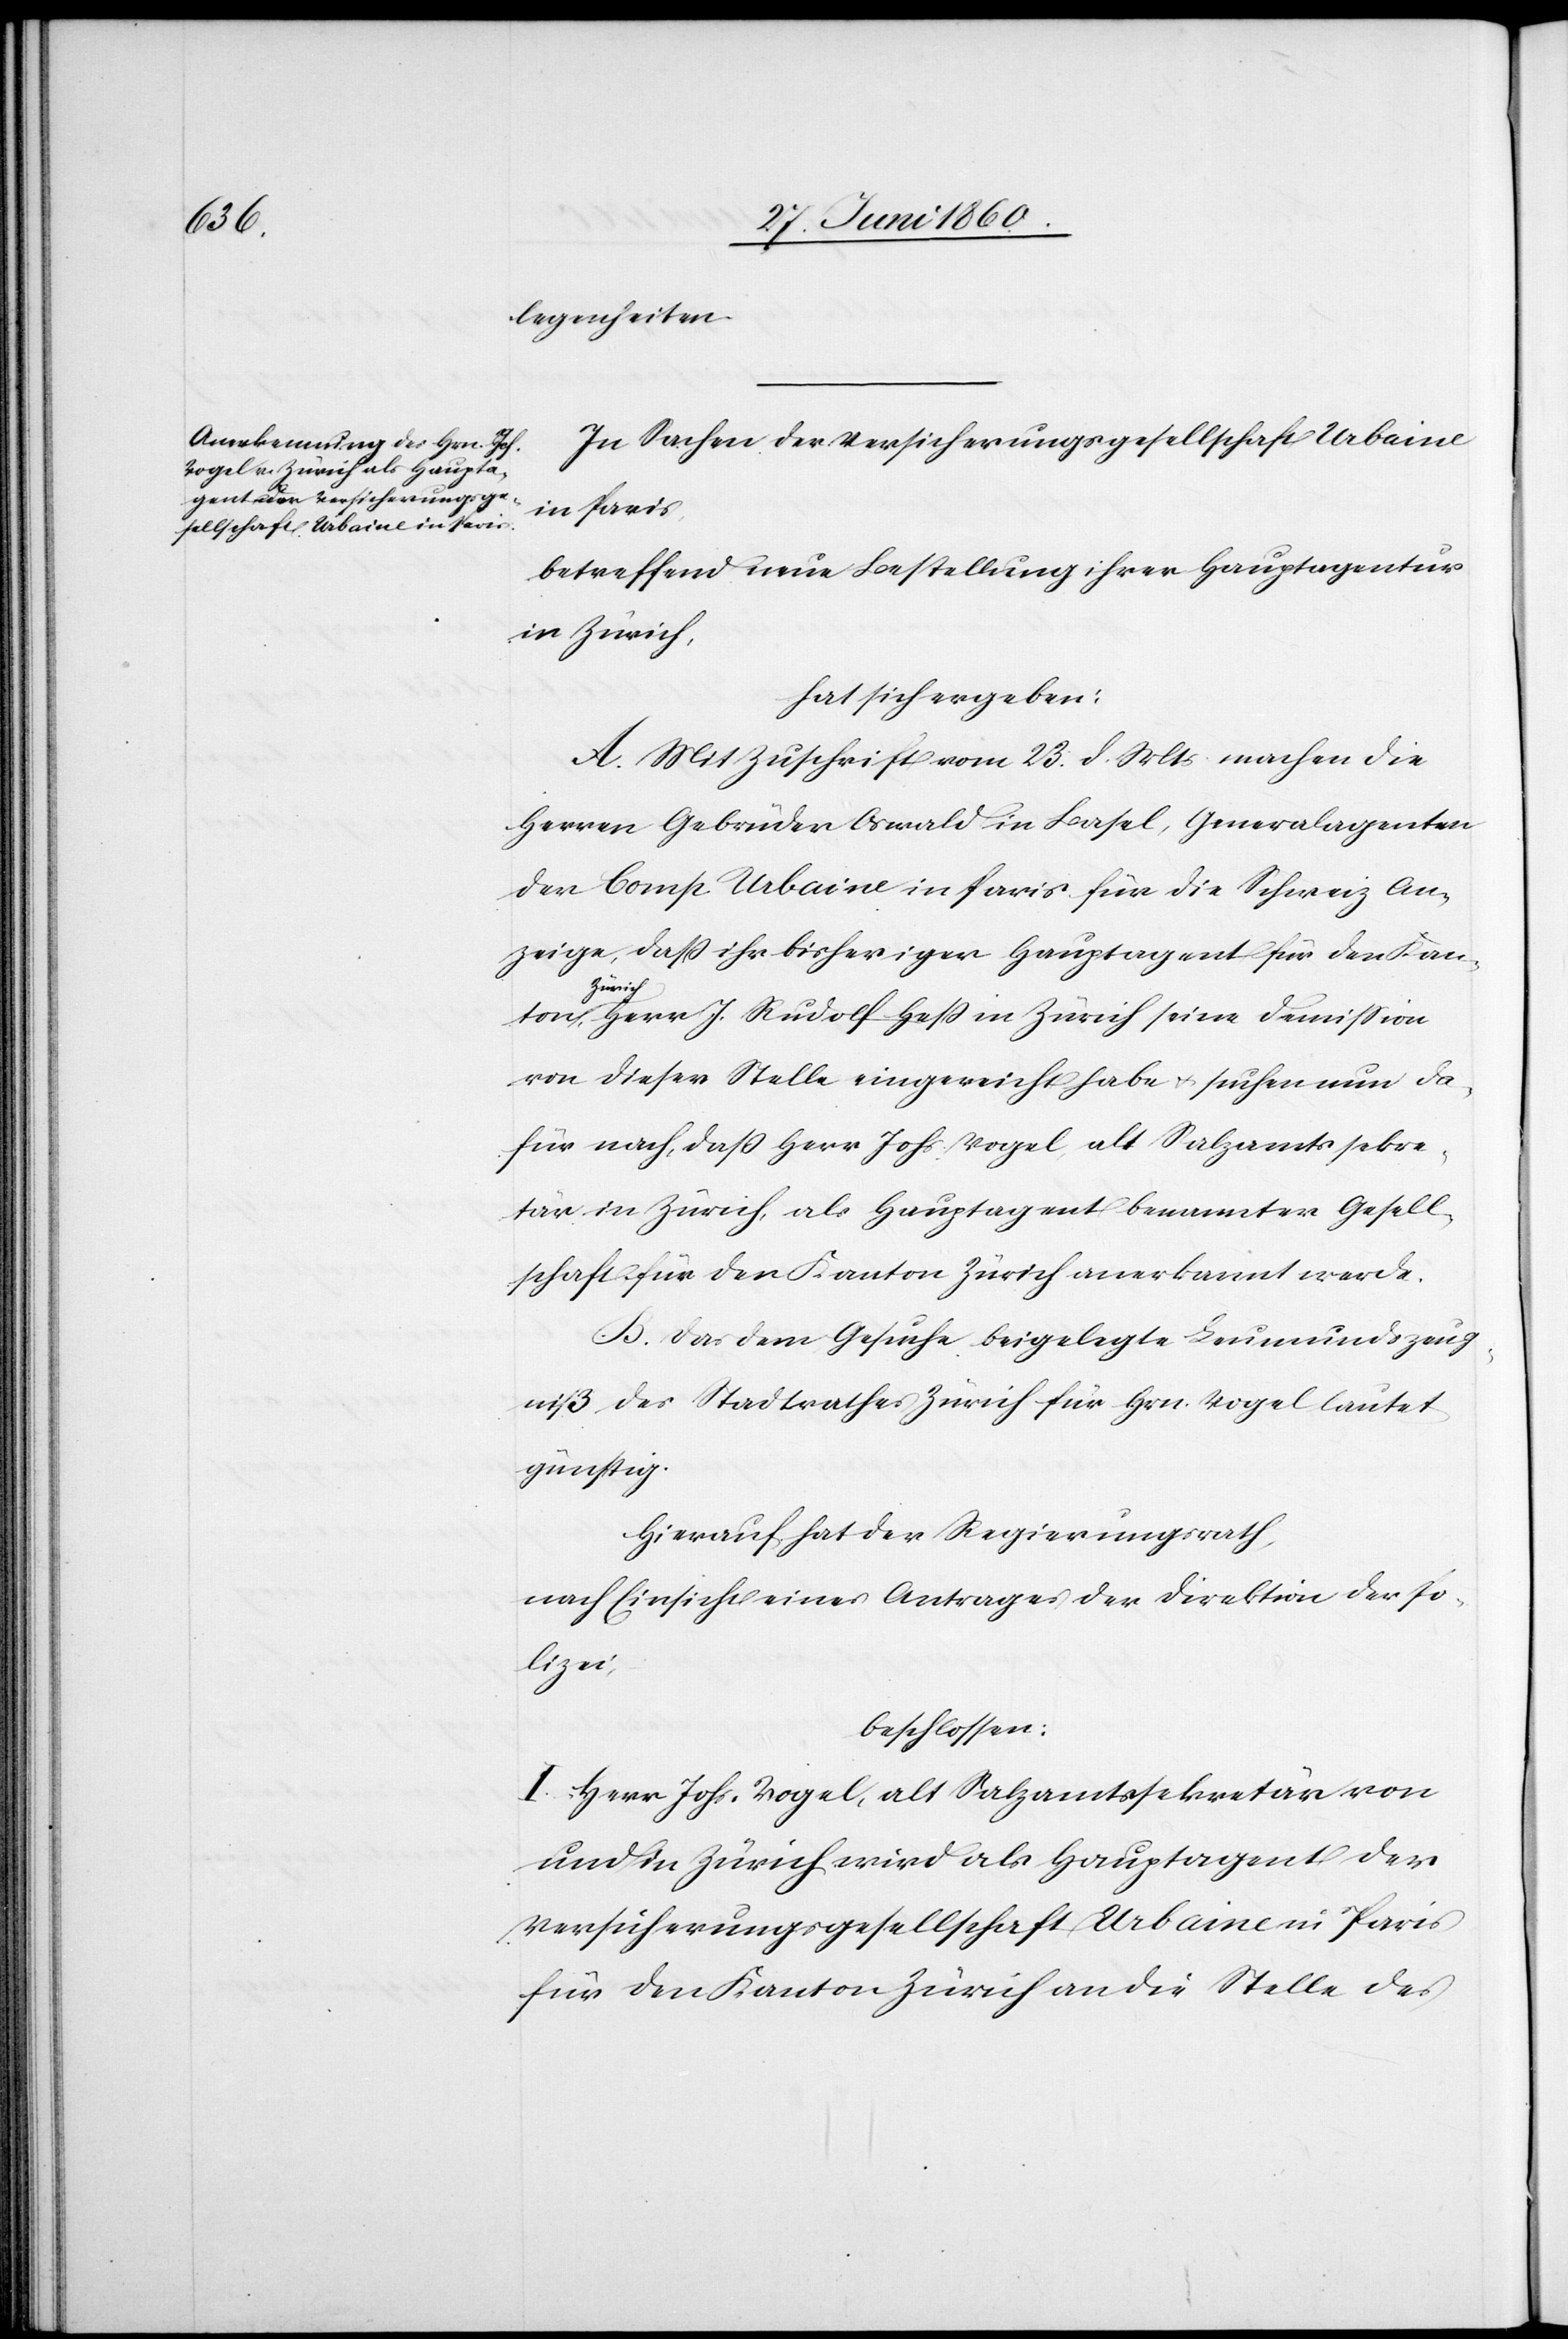
ton

legenheiten.
In Sachen der Versicherungsgesellschaft Urbaine
in Paris,
betreffend neue Bestellung ihrer Hauptagentur
in Zürich,
hat sich ergeben:
A. Mit Zuschrift vom 23. d. Mts. machen die
Herren Gebrüder Oswald in Basel, Generalagenten
der Comp. Urbaine in Paris für die Schweiz An¬
zeige, dass ihr bisheriger Hauptagent für den Kan¬
Zürich,
Herr J. Rudolf Hess in Zürich seine Demission
von dieser Stelle eingereicht habe u. suchen nun da¬
für nach, dass Herr Johs. Vogel, alt Salzamtssekre¬
tär in Zürich als Hauptagent benannter Gesell¬
schaft für den Kanton Zürich anerkannt werde.
B. Das dem Gesuche beigelegte Leumundszeug¬
niß des Stadtrathes Zürich für Hrn. Vogel lautet
günstig:
Hierauf hat der Regierungsrath:
nach Einsicht eines Antrages der Direktion der Po¬
lizei,
beschlossen:
I. Herr Johs. Vogel, alt Salzamtssekretär von
und in Zürich, wird als Hauptagent der
Versicherungsgesellschaft Urbaine in Paris
für den Kanton Zürich an die Stelle des